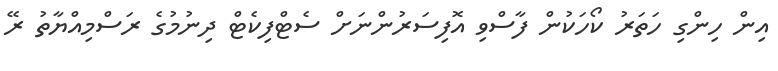
އިން ހިންގި ހަތަރު ކޯހަކުން ފާސްވި އޮފިސަރުންނަށް ސެޓްފިކެޓް ދިނުމުގެ ރަސްމިއްޔާތު ރޭ